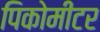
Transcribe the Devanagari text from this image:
पिकोमीटर